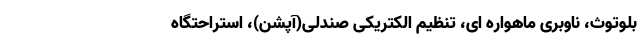
بلوتوث، ناوبری ماهواره ای، تنظیم الکتریکی صندلی(آپشن)، استراحتگاه